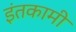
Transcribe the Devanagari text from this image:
इंतकामी